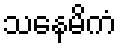
သနေမိကံ